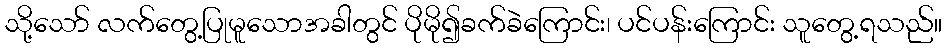
သို့သော် လက်တွေ့ပြုမူသောအခါတွင် ပိုမို၍ခက်ခဲကြောင်း၊ ပင်ပန်းကြောင်း သူတွေ့ရသည်။